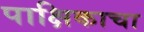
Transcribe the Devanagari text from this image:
पाक्षिकाचा